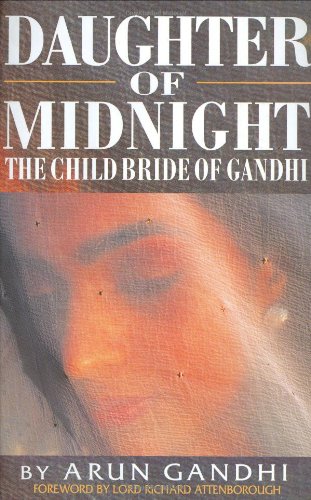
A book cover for Daughter of Midnight: The Child Bride of Gandhi; Arun Gandhi; Religion & Spirituality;